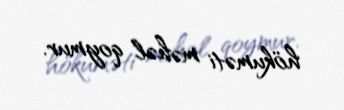
hökuməti məhəl qoymur.